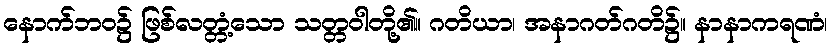
နောက်ဘဝ၌ ဖြစ်လတ္တံ့သော သတ္တဝါတို့၏။ ဂတိယာ၊ အနာဂတ်ဂတိ၌။ နာနာကရဏံ၊